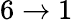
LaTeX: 6\to 1